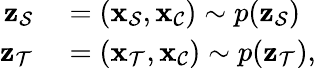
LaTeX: \begin{array}{rl}{\mathbf{\boldsymbol{z}}_{\mathcal{S}}}&{{}=(\mathbf{\boldsymbol{x}}_{\mathcal{S}},\mathbf{\boldsymbol{x}}_{\mathcal{C}})\sim p(\mathbf{\boldsymbol{z}}_{\mathcal{S}})}\\ {\mathbf{\boldsymbol{z}}_{\mathcal{T}}}&{{}=(\mathbf{\boldsymbol{x}}_{\mathcal{T}},\mathbf{\boldsymbol{x}}_{\mathcal{C}})\sim p(\mathbf{\boldsymbol{z}}_{\mathcal{T}}),}\end{array}